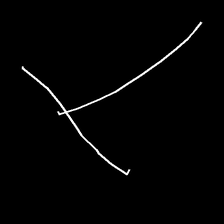
Glyph: column